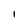
Character: l